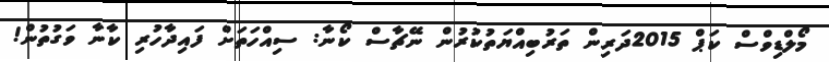
މޯލްޑިވްސް ކަޕް 2015ދަރިން ތަރުބިއްޔަތުކުރުން ނޭޗާސް ކޯނާ: ސިއްހަތަށް ފައިދާހުރި ކާނާ ވަގުތުން!